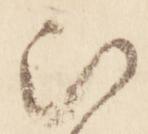
被